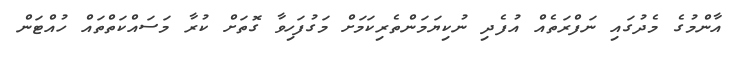
އާންމުގެ މެދުގައި ނަފްރަތެއް އުފެދި ނުކިޔަމަންތެރިކަމަށް މަގުފަހިވާ ގޮތަށް ކުރާ މަސައްކަތްތައް ހުއްޓަން